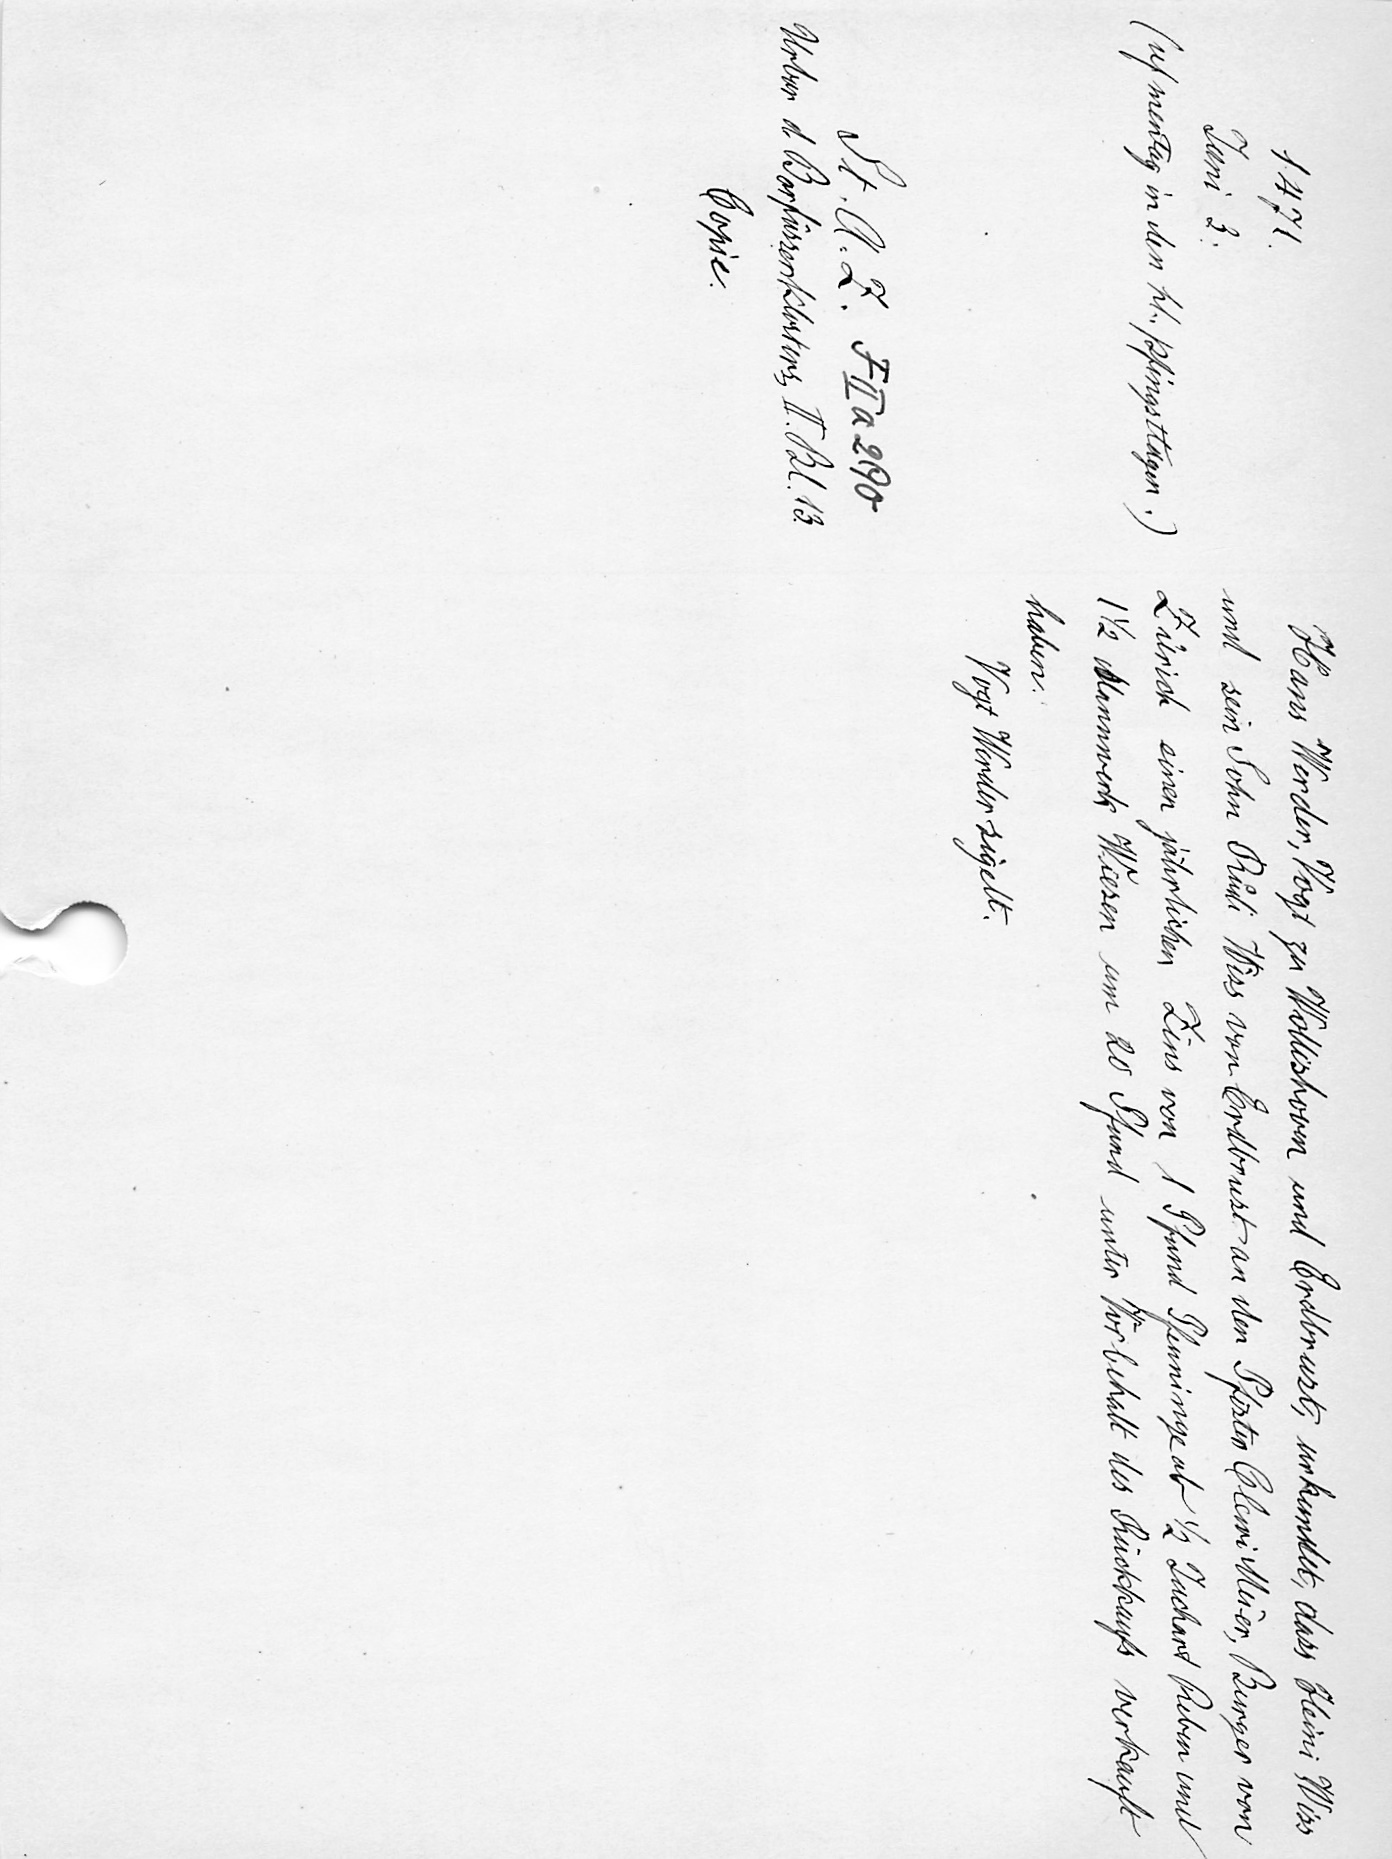
Hans Werder, Vogt zu Wollishoven und Erdbrust, urkundet, dass Heini Wiss
und sein Sohn Ruͦdi Wiss von Erdbrust an den Pfister Clewi Meier, Burger von
Zürich einen jährlichen Zins von 1 Pfund Pfenninge ab 1/2 Juchart Reben und
1 1/2 Mannwerk Wiesen um 20 Pfund unter Vorbehalt des Rückkaufs verkauft
haben.
Vogt Werder sigelt.

1471.
Juni 3.
(uf mentag in den hl. pfingsttagen.)
St. A. Z. F II a 290
Urbar d. Barfüsserklosters, II. Bl. 13.
Copie.